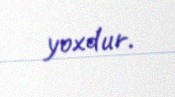
yoxdur.